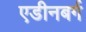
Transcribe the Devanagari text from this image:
एडीनबर्ग